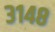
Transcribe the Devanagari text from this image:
३१४८